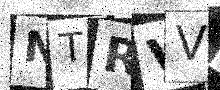
Text: NTRVV6